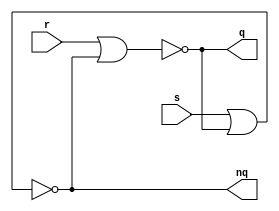
// This program was cloned from: https://github.com/emu-russia/breaks
// License: Creative Commons Zero v1.0 Universal

// Typical asynchronous Reset-Set FF based on two looped nor elements.

module rsff (r, s, q, nq);

	input r; 		// 1: Reset value (0)
	input s;		// 1: Set value (1)
	output q; 		// Current value
	output nq;		// Current value (complement)

`ifdef ICARUS

	reg val;

	always @(r or s) begin
		if (r)
			val <= 1'b0;
		else if (s)
			val <= 1'b1;
	end

	assign q = val;
	assign nq = ~val;

	initial val <= 1'b0;

`else

	wire nor1_out;
	wire nor2_out;
	
	nor (nor1_out, r, nor2_out);
	nor (nor2_out, s, nor1_out);  

	assign q = nor1_out;
	assign nq = nor2_out;

`endif

endmodule // rsff